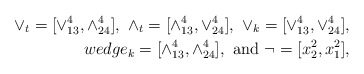
\begin{align*}\vee_t=[\vee^{4}_{13},\wedge^{4}_{24}],\ \wedge_t=[\wedge^{4}_{13},\vee^{4}_{24}], \ \vee_k=[\vee^{4}_{13},\vee^{4}_{24}], \\wedge_k=[\wedge^{4}_{13},\wedge^{4}_{24}], \mbox{ and }\neg=[x^{2}_2,x^{2}_1],\end{align*}